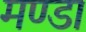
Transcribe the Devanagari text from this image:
मण्डा